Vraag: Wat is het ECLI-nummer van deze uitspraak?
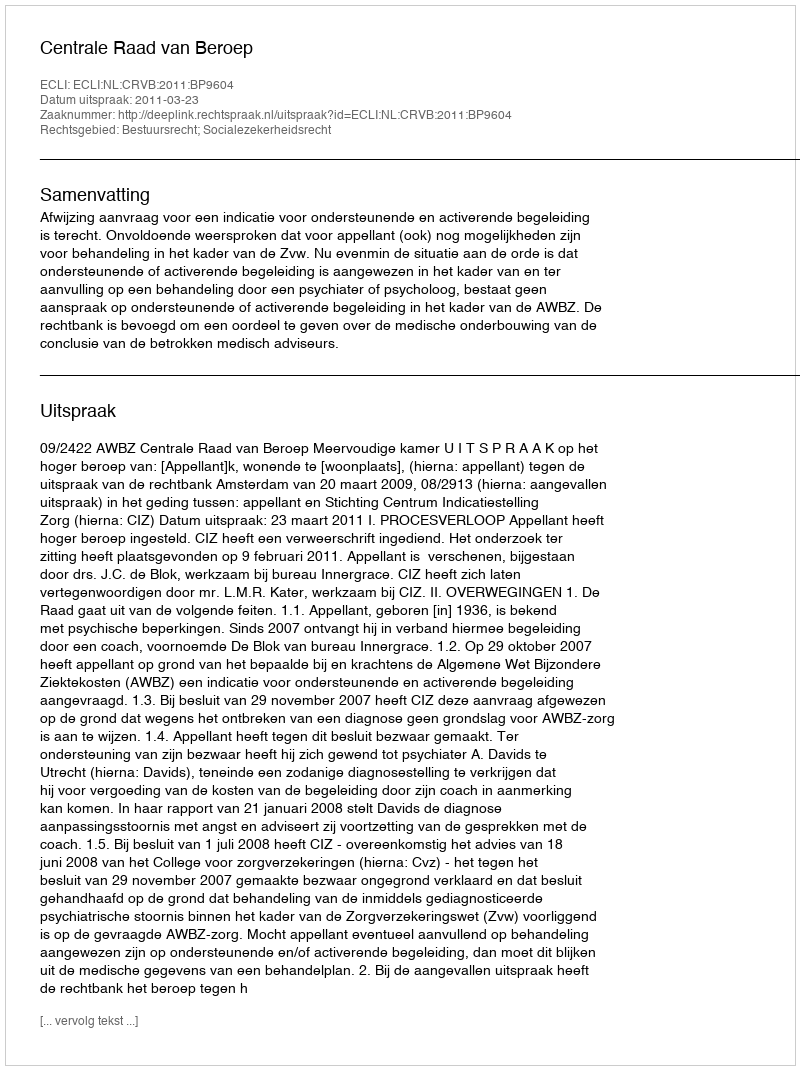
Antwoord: ECLI:NL:CRVB:2011:BP9604